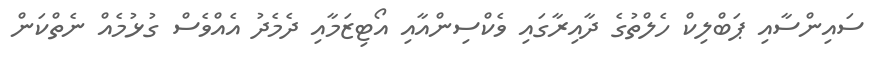
ސައިންސާއި ޕަބްލިކް ހެލްތުގެ ދާއިރާގައި ވެކްސިންއާއި އޯޓިޒަމާއި ދެމެދު އެއްވެސް ގުޅުމެއް ނެތްކަން